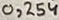
Text: 0,254